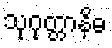
သုဂုတ္တာနိဓ